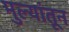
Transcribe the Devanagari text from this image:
मुल्यांतून